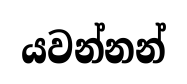
යවන්නන්